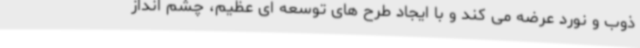
ذوب و نورد عرضه می کند و با ایجاد طرح های توسعه ای عظیم، چشم انداز